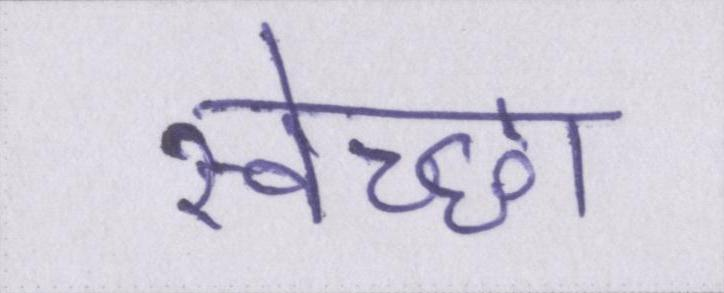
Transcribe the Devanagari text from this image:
स्वेच्छा